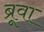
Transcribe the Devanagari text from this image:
ब्रूवा